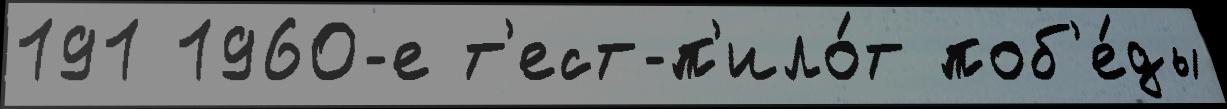
191 1960-е т'ест-п'ило́т поб'е́ды